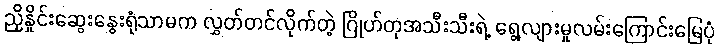
ညှိနှိုင်းဆွေးနွေးရုံသာမက လွှတ်တင်လိုက်တဲ့ ဂြိုဟ်တုအသီးသီးရဲ့ ရွေ့လျားမှုလမ်းကြောင်းမြေပုံ